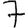
Digit: 7